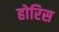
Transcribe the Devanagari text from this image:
होरिस